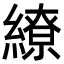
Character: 繚